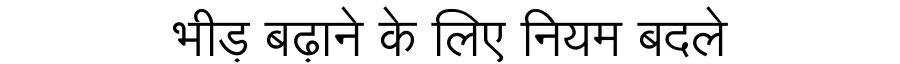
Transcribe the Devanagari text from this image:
भीड़ बढ़ाने के लिए नियम बदले